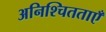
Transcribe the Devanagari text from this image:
अनिश्चितताएँ